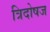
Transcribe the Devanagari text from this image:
त्रिदोषज